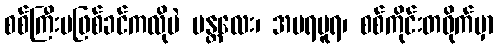
စစ်ကြီးမဖြစ်ခင်ကလိုပဲ မန္တလေး၊ အမရပူရ၊ စစ်ကိုင်းတဝိုက်မှာ